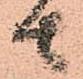
者